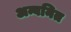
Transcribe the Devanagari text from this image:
अन्वनित